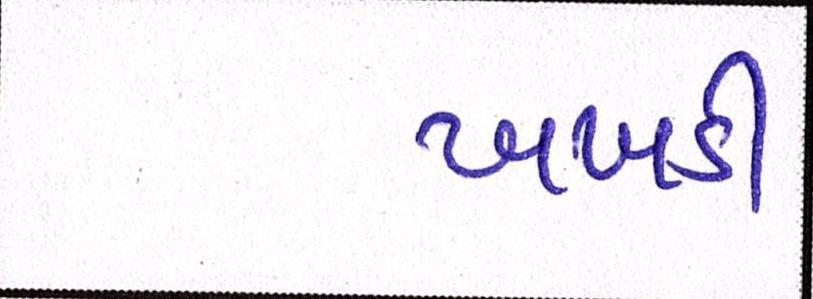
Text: ખખડી